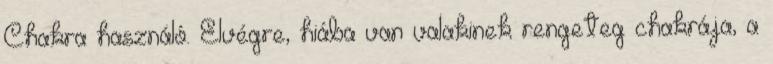
Chakra használó. Elvégre, hiába van valakinek rengeteg chakrája, a